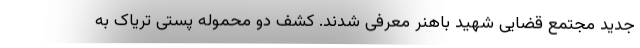
جدید مجتمع قضایی شهید باهنر معرفی شدند. کشف دو محموله پستی تریاک به